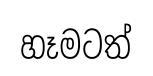
හෑමටත්